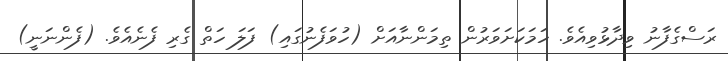
ރަސްގެފާނު ވިދާޅުވިއެވެ. ހަމަކަށަވަރުން ތިމަންނާއަށް (ހުވަފެނުގައި) ފަލަ ހަތް ގެރި ފެނެއެވެ. (ފެންނަނީ)